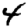
Digit: 4